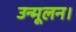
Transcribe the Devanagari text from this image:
उन्मूलन।